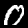
Digit: 0